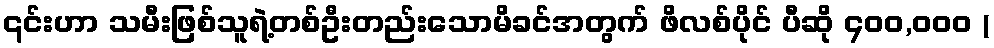
၎င်းဟာ သမီးဖြစ်သူရဲ့တစ်ဦးတည်းသောမိခင်အတွက် ဖိလစ်ပိုင် ပီဆို ၄၀၀,ဝဝဝ (